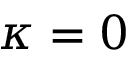
\kappa = 0